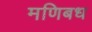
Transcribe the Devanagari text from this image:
मणिबध